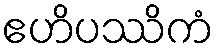
ဧဟိပဿိကံ